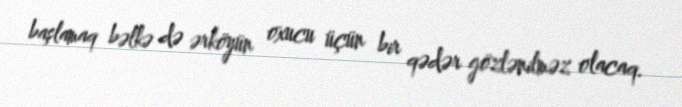
başlamaq bəlkə də ərköyün oxucu üçün bir qədər gözlənilməz olacaq.